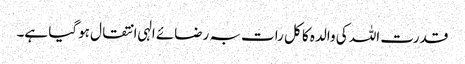
قدرت اللہ کی والدہ کا کل رات بہ رضائے الہی انتقال ہوگیا ہے۔